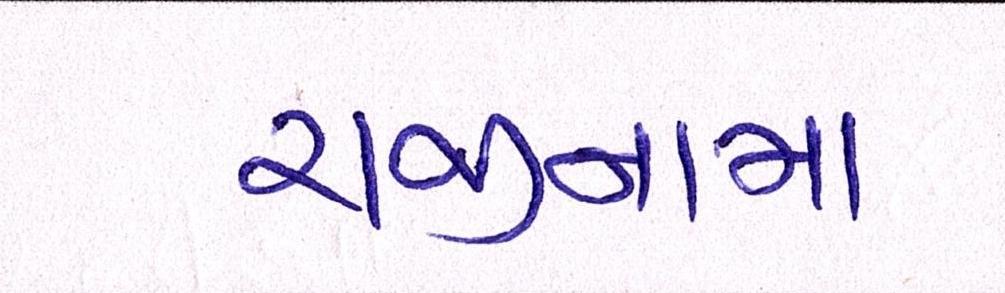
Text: રાજીનામા